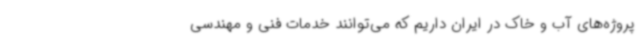
پروژه‌های آب و خاک در ایران داریم که می‌توانند خدمات فنی و مهندسی